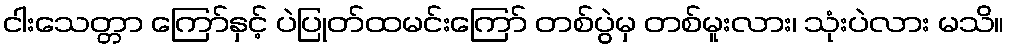
ငါးသေတ္တာ ကြော်နှင့် ပဲပြုတ်ထမင်းကြော် တစ်ပွဲမှ တစ်မူးလား၊ သုံးပဲလား မသိ။